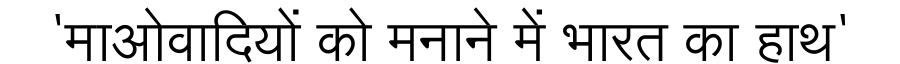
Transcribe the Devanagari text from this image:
'माओवादियों को मनाने में भारत का हाथ'